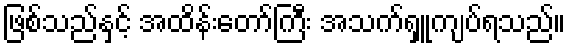
ဖြစ်သည်နှင့် အထိန်းတော်ကြီး အသက်ရှူကျပ်ရသည်။